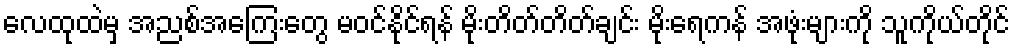
လေထုထဲမှ အညစ်အကြေးတွေ မဝင်နိုင်ရန် မိုးတိတ်တိတ်ချင်း မိုးရေကန် အဖုံးများကို သူကိုယ်တိုင်